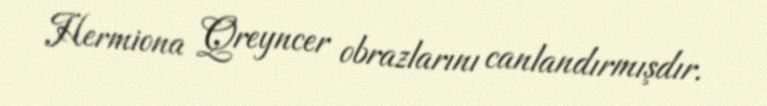
Hermiona Qreyncer obrazlarını canlandırmışdır.